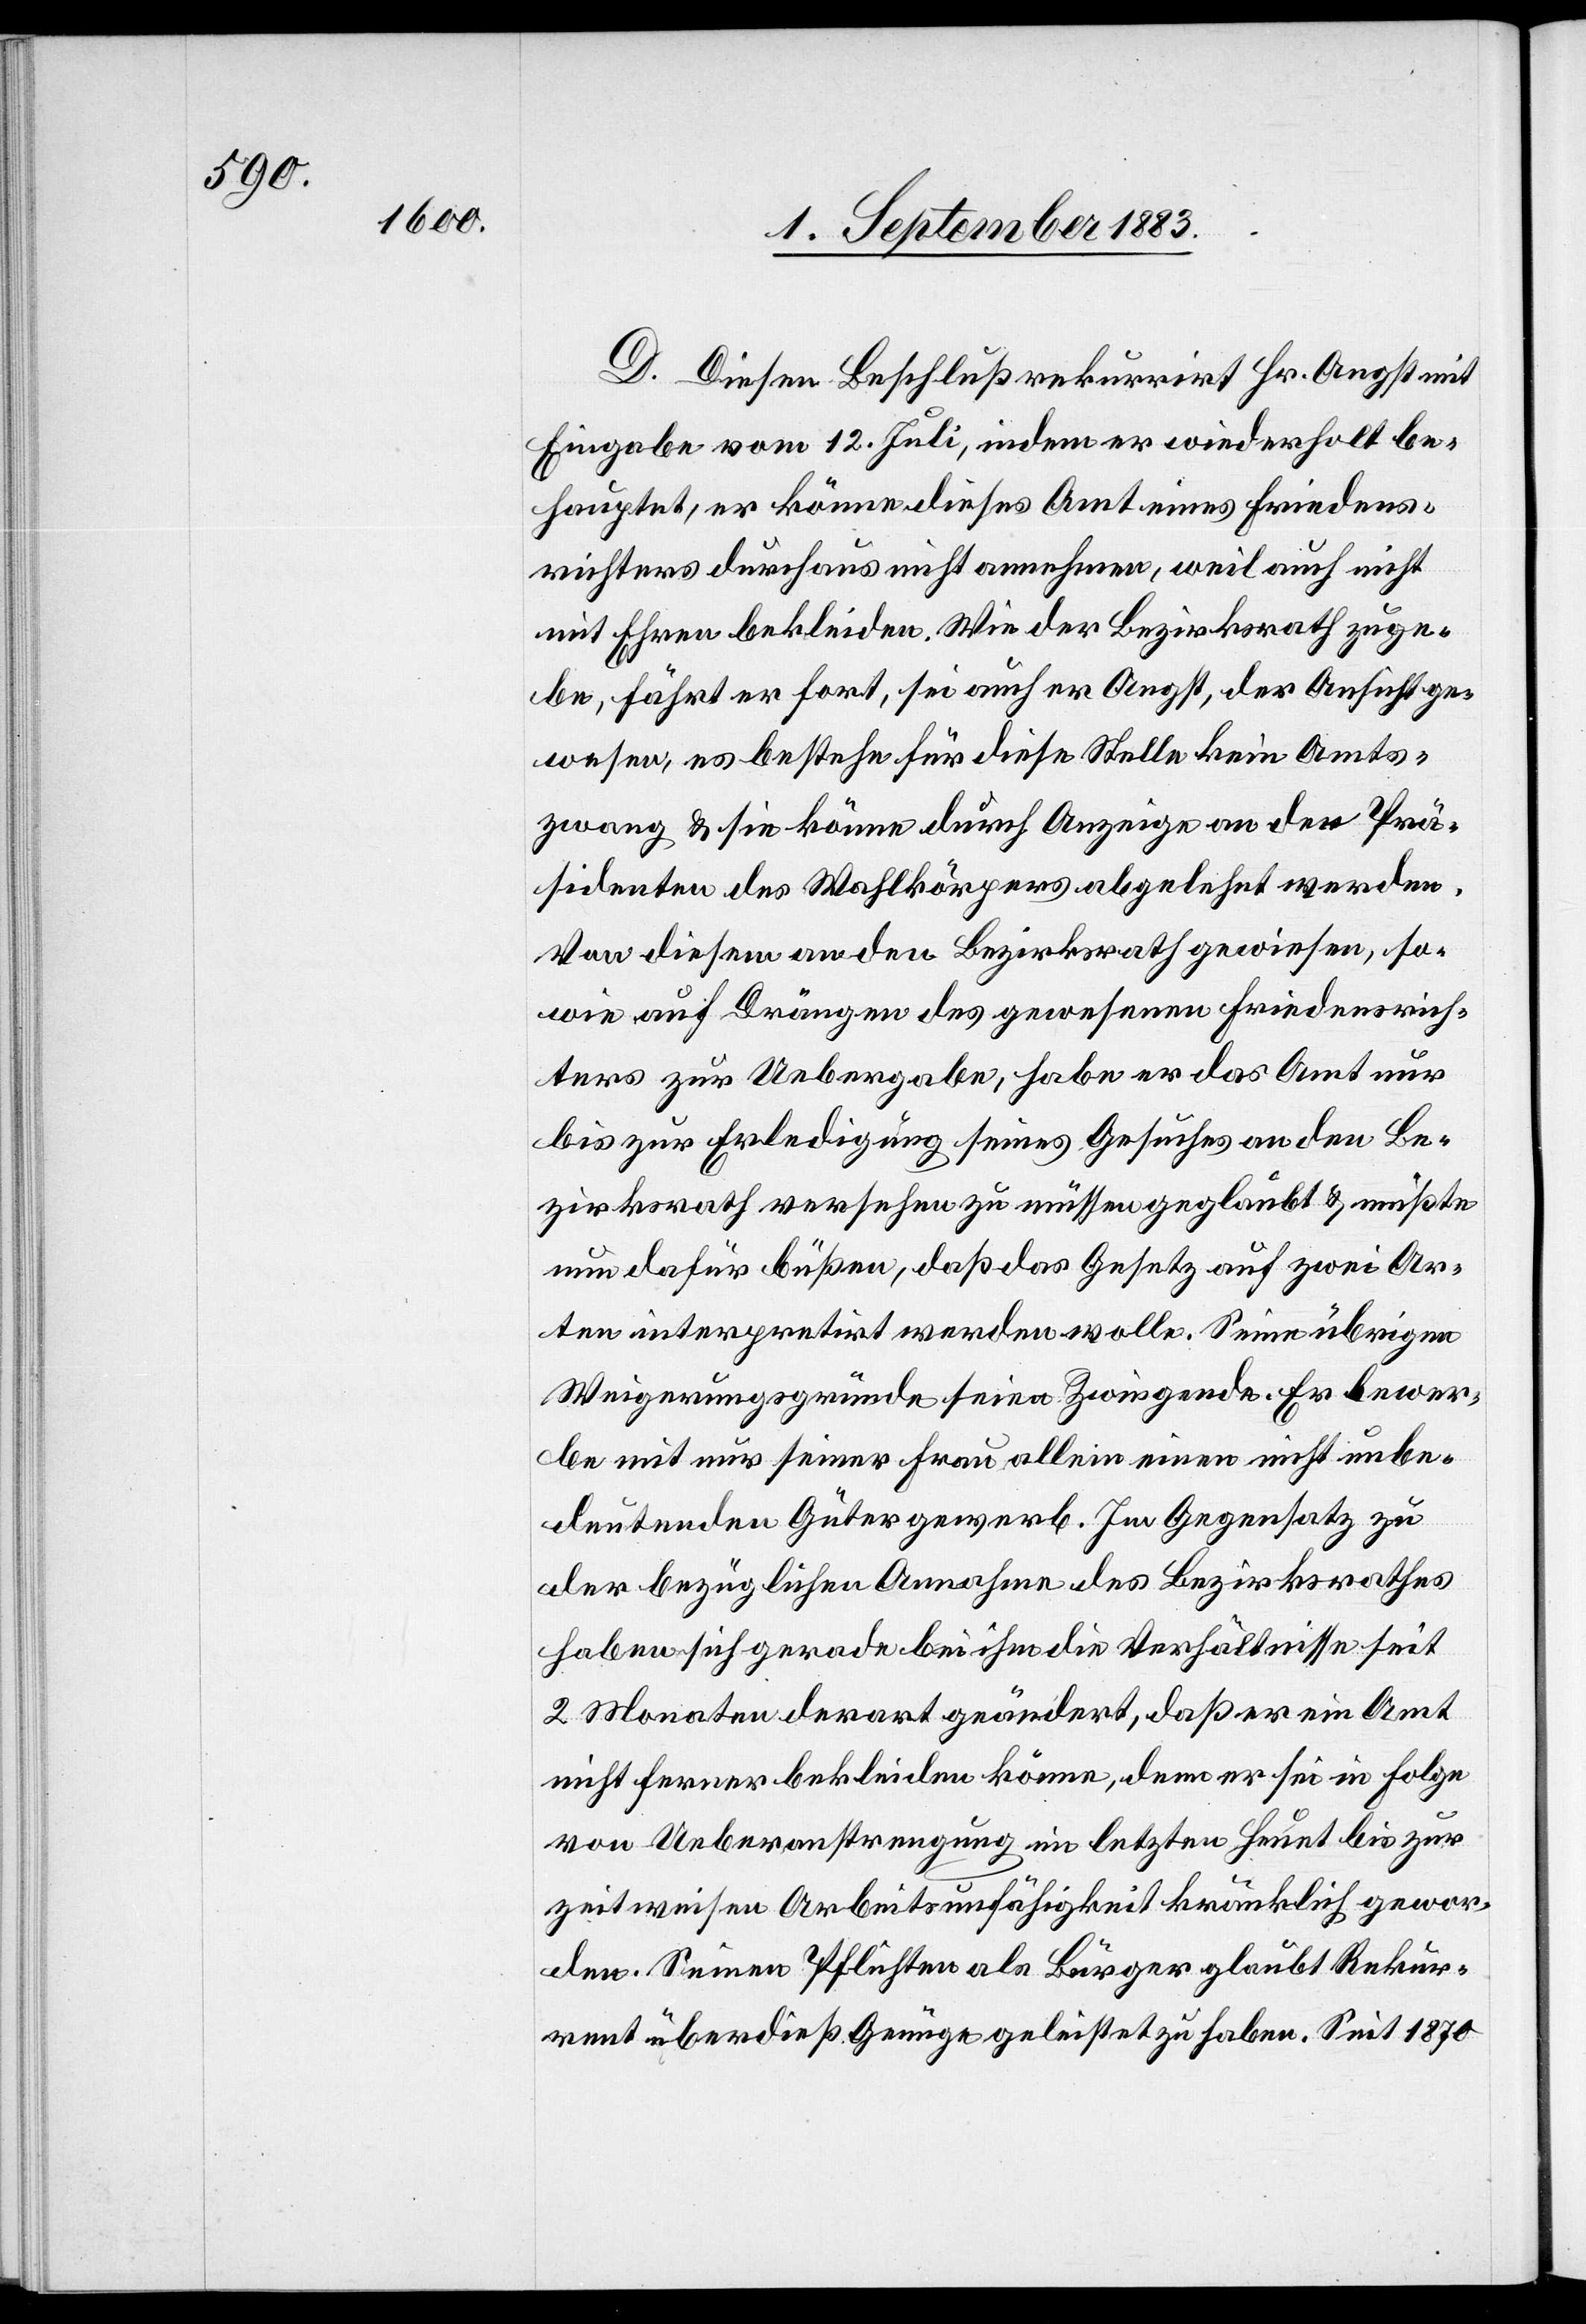
D. Diesen Beschluß rekurrirt Hr. Angst mit
Eingabe vom 12. Juli, indem er wiederholt be¬
hauptet, er könne dieses Amt eines Friedens¬
richters durchaus nicht annehmen, weil auch nicht
mit Ehren bekleiden. Wie der Bezirksrath zuge¬
be, fährt er fort, sei auch er Angst, der Ansicht ge¬
wesen, es bestehe für diese Stelle kein Amts¬
zwang & sie könne durch Anzeige an den Prä¬
sidenten des Wahlkörpers abgelehnt werden.
Von diesem an den Bezirksrath gewiesen, so¬
wie auf Drängen des gewesenen Friedensrich¬
ters zur Uebergabe, habe er das Amt nur
bis zur Erledigung seines Gesuches an den Be¬
zirksrath versehen zu müssen geglaubt & müßte
nun dafür büßen, daß das Gesetz auf zwei Ar¬
ten interpretirt werden wolle. Seine übrigen
Weigerungsgründe seien Zwingende. Er bewer¬
be mit nur seiner Frau allein einen nicht unbe¬
deutenden Gütergewerb. Im Gegensatz zu
der bezüglichen Annahme des Bezirksrathes
haben sich gerade bei ihm die Verhältnisse seit
2 Monaten derart geändert, daß er ein Amt
nicht ferner bekleiden könne, denn er sei in Folge
von Ueberanstrengung im letzten Heuet bis zur
zeitweisen Arbeitsunfähigkeit kränklich gewor¬
den. Seinen Pflichten als Bürger glaubt Rekur¬
rent überdieß Genüge geleistet zu haben. Seit 1870